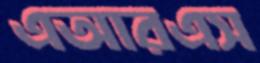
এআরএস